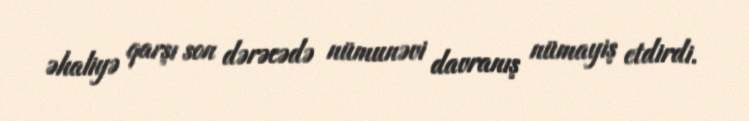
əhaliyə qarşı son dərəcədə nümunəvi davranış nümayiş etdirdi.